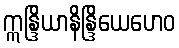
ဣန္ဒြိယာနိန္ဒြိယေဟေဝ